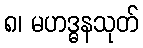
၈၊ မဟဒ္ဓနသုတ်